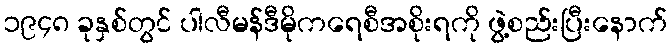
၁၉၄၈ ခုနှစ်တွင် ပါလီမန်ဒီမိုကရေစီအစိုးရကို ဖွဲ့စည်းပြီးနောက်